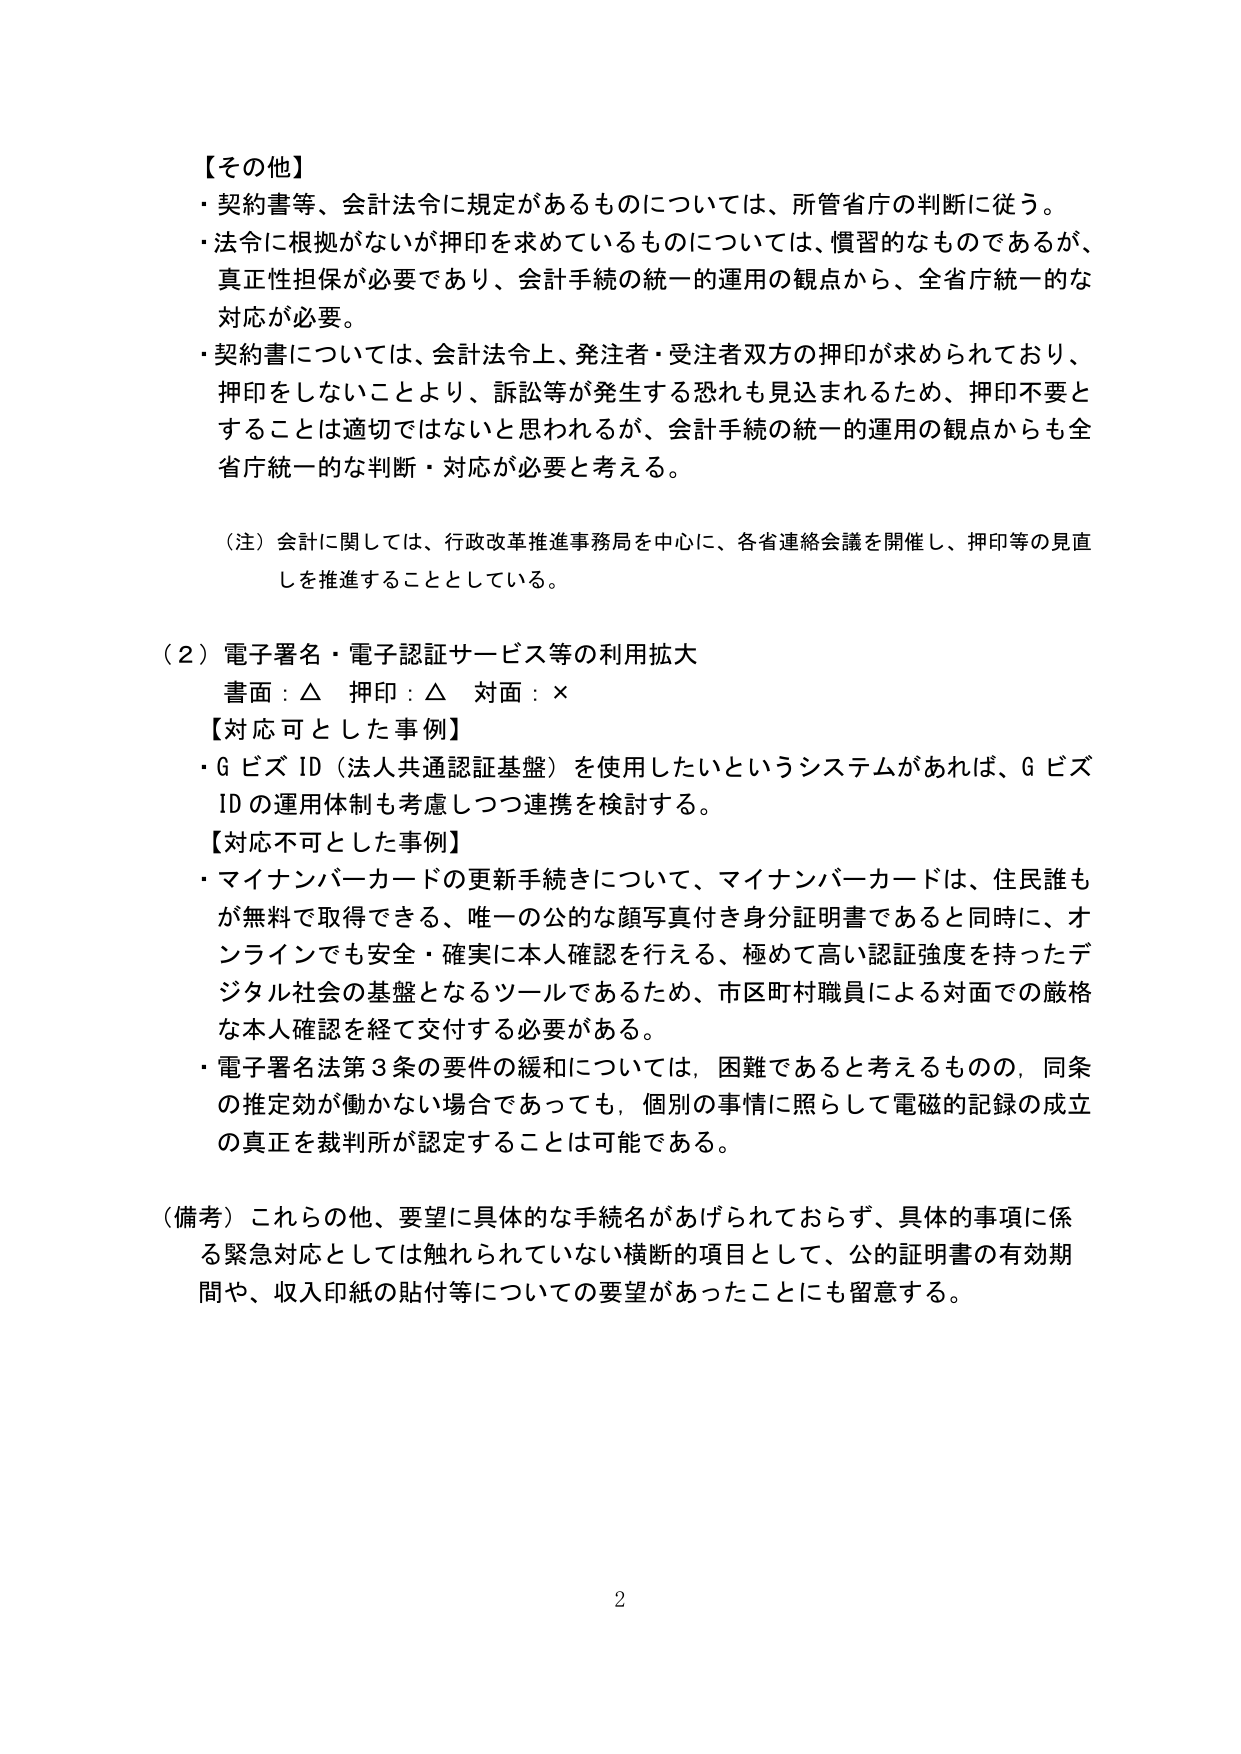
【その他】
・契約書等、会計法令に規定があるものについては、所管省庁の判断に従う。
・法令に根拠がないが押印を求めているものについては、慣習的なものであるが、
真正性担保が必要であり、会計手続の統一的運用の観点から、全省庁統一的な
対応が必要。
・契約書については、会計法令上、発注者・受注者双方の押印が求められており、
押印をしないことより、訴訟等が発生する恐れも見込まれるため、押印不要と
することは適切ではないと思われるが、会計手続の統一的運用の観点からも全
省庁統一的な判断・対応が必要と考える。

（注）会計に関しては、行政改革推進事務局を中心に、各省連絡会議を開催し、押印等の見直
しを推進することとしている。

（２）電子署名・電子認証サービス等の利用拡大
書面：△ 押印：△ 対面：×
【対応可とした事例】
・G ビズ ID（法人共通認証基盤）を使用したいというシステムがあれば、G ビズ
ID の運用体制も考慮しつつ連携を検討する。
【対応不可とした事例】
・マイナンバーカードの更新手続きについて、マイナンバーカードは、住民誰も
が無料で取得できる、唯一の公的な顔写真付き身分証明書であると同時に、オ
ンラインでも安全・確実に本人確認を行える、極めて高い認証強度を持ったデ
ジタル社会の基盤となるツールであるため、市区町村職員による対面での厳格
な本人確認を経て交付する必要がある。
・電子署名法第３条の要件の緩和については、困難であると考えるもの、同条
の推定効が働かない場合であっても、個別の事情に照らして電磁的記録の成立
の真正を裁判所が認定することは可能である。

（備考）これらの他、要望に具体的な手続名があげられておらず、具体的事項に係
る緊急対応としては触れられていない横断的項目として、公的証明書の有効期
間や、収入印紙の貼付等についての要望があったことにも留意する。

2